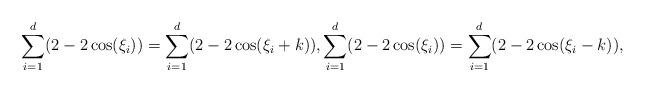
LaTeX: \begin{align*} \sum_{i=1}^d (2-2\cos(\xi_i)) = \sum_{i=1}^d (2-2\cos(\xi_i+k)), \sum_{i=1}^d (2-2\cos(\xi_i)) = \sum_{i=1}^d (2-2\cos(\xi_i-k)),\end{align*}